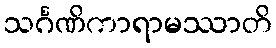
သင်္ဂဏိကာရာမဿာတိ